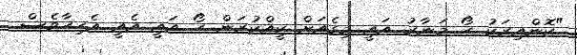
"ކޮންއިރަކު ހޯ މަނާރު އައީ މިގެއަށް ކީއްކުރަން ހޯ އައީ އެއީ އެހިހާވެސް